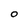
Character: O